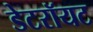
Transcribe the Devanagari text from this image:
डेटरॉयट